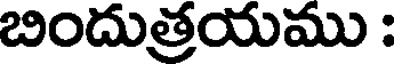
బిందుత్రయము :